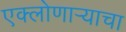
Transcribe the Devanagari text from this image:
एक्लोणार्‍याचा